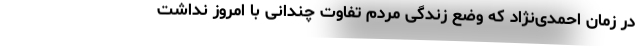
در زمان احمدی‌نژاد که وضع زندگی مردم تفاوت چندانی با امروز نداشت